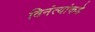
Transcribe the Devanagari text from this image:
विनंत्यांकडे